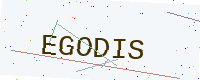
Text: EGODIS